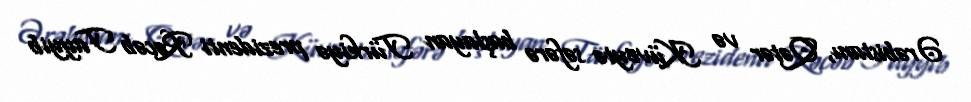
Ərəbistanı, Qətər və Küveytə səfərə başlayan Türkiyə prezidenti Rəcəb Tayyib